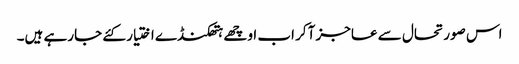
اس صورتحال سے عاجز آکر اب اوچھے ہتھکنڈے اختیار کئے جارہے ہیں۔